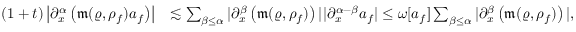
\begin{array} { r l } { ( 1 + t ) \left\vert \partial _ { x } ^ { \alpha } \left( \mathfrak { m } ( \varrho , \rho _ { f } ) a _ { f } \right) \right\vert } & { \lesssim \sum _ { \beta \leq \alpha } \vert \partial _ { x } ^ { \beta } \left( \mathfrak { m } ( \varrho , \rho _ { f } ) \right) \vert \vert \partial _ { x } ^ { \alpha - \beta } a _ { f } \vert \leq \omega [ a _ { f } ] \sum _ { \beta \leq \alpha } \vert \partial _ { x } ^ { \beta } \left( \mathfrak { m } ( \varrho , \rho _ { f } ) \right) \vert , } \end{array}